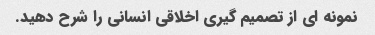
نمونه ای از تصمیم گیری اخلاقی انسانی را شرح دهید.